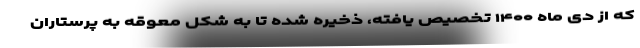
که از دی ماه ۱۴۰۰ تخصیص یافته، ذخیره شده تا به شکل معوقه به پرستاران